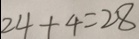
2 4 + 4 = 2 8